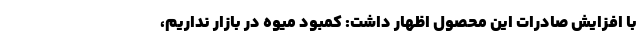
با افزایش صادرات این محصول اظهار داشت: کمبود میوه در بازار نداریم،